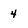
Character: 4